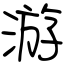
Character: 游